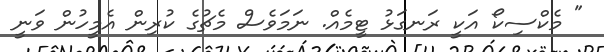
" މެކްސިކޯ އަކީ ރަނގަޅު ޓީމެއް. ނަމަވެސް މެޗުގެ ކުރިން އެމީހުން ވަނީ